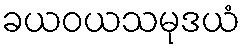
ခယဝယသမုဒယံ